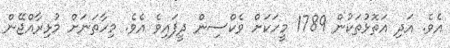
އެވެ. އަދި އަތޮޅުތަކުން 1789 މީހަކަށް ވެކްސިން ދީފައިވެ އެވެ. މިހާތަނަށް މުޅިރާއްޖޭން